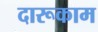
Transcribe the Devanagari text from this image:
दारूकाम